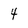
Character: 4